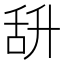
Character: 𦧌